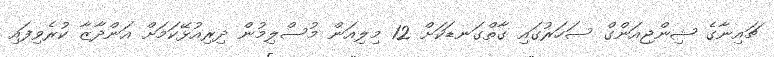
ޗައިނާގެ ޝިންޖިއަންގް ސަހަރުގައި ގާތްގަނޑަކަށް 12 މިލިއަން މުސްލިމުން ދިރިއުޅޭކަމަށް އަންދާޒާ ކުރެވިފައި